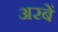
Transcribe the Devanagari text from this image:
अरबें